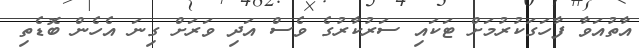
އާތުއަވާ ފާހަގަކުރުމަށް ޓަކައި ސަރުކާރުގެ ވެސް އަދި ވަރަށް ގިނަ އެހެން ބޮޑެތި